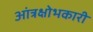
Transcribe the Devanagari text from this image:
आंत्रक्षोभकारी